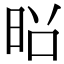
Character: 𫞃